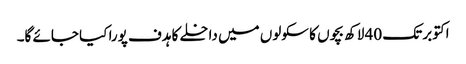
اکتوبر تک 40 لاکھ بچوں کا سکولوں میں داخلے کا ہدف پورا کیا جائے گا۔